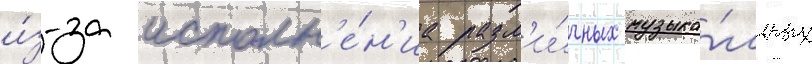
и́з-за исполн'е́н'иа разл'и́чных музыка́льных